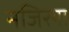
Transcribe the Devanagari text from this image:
नजिरया